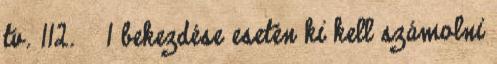
tv. 112. § 1 bekezdése esetén ki kell számolni